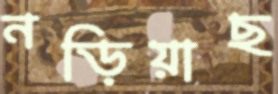
নড়িয়াছ